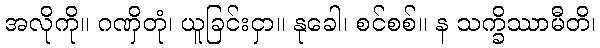
အလိုကို။ ဂဏှိတုံ၊ ယူခြင်းငှာ။ နုခေါ၊ စင်စစ်။ န သက္ခိဿာမီတိ၊